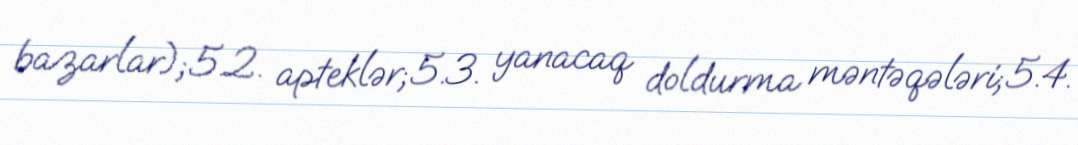
bazarlar);5.2. apteklər;5.3. yanacaq doldurma məntəqələri;5.4.